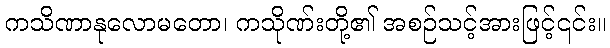
ကသိဏာနုလောမတော၊ ကသိုဏ်းတို့၏ အစဉ်သင့်အားဖြင့်၎င်း။